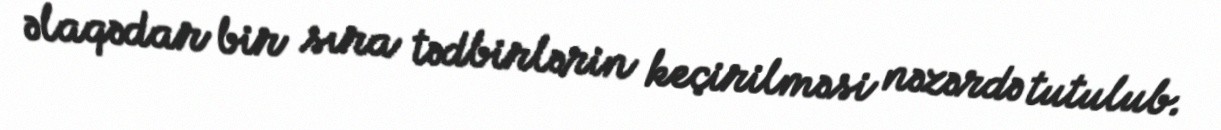
əlaqədar bir sıra tədbirlərin keçirilməsi nəzərdə tutulub.